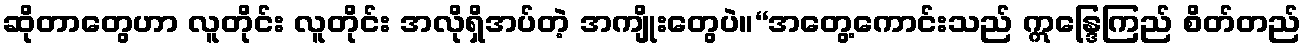
ဆိုတာတွေဟာ လူတိုင်း လူတိုင်း အလိုရှိအပ်တဲ့ အကျိုးတွေပဲ။“အတွေ့ကောင်းသည် ဣန္ဒြေကြည် စိတ်တည်